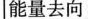
能量去向